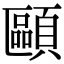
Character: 𩔸